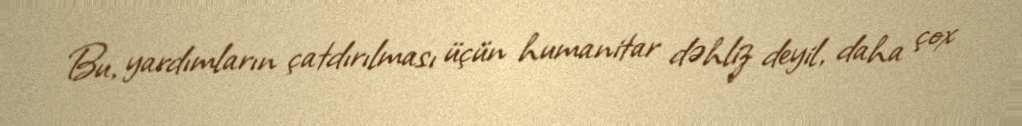
Bu, yardımların çatdırılması üçün humanitar dəhliz deyil, daha çox